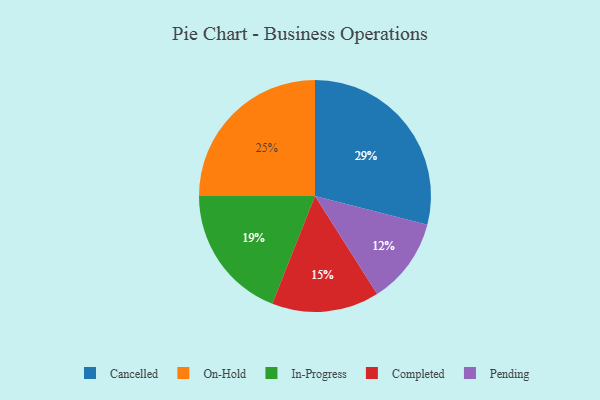
{"axis": {"x": "Category", "y": "Percentage"}, "legend": ["Cancelled", "Completed", "In-Progress", "On-Hold", "Pending"], "data": [{"x": "In-Progress", "y": 19, "type": "In-Progress"}, {"x": "Completed", "y": 15, "type": "Completed"}, {"x": "Cancelled", "y": 29, "type": "Cancelled"}, {"x": "Pending", "y": 12, "type": "Pending"}, {"x": "On-Hold", "y": 25, "type": "On-Hold"}]}